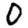
Digit: 0